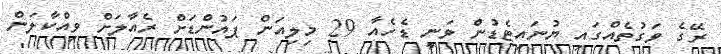
ރޭގެ ވަގުތެއްގައި ޔުނައިޓެޑުން ވަނީ ޑެހެއާ 29 މިލިއަން ޕައުންޑަށް ރެއާލަށް ވިއްކާލަން